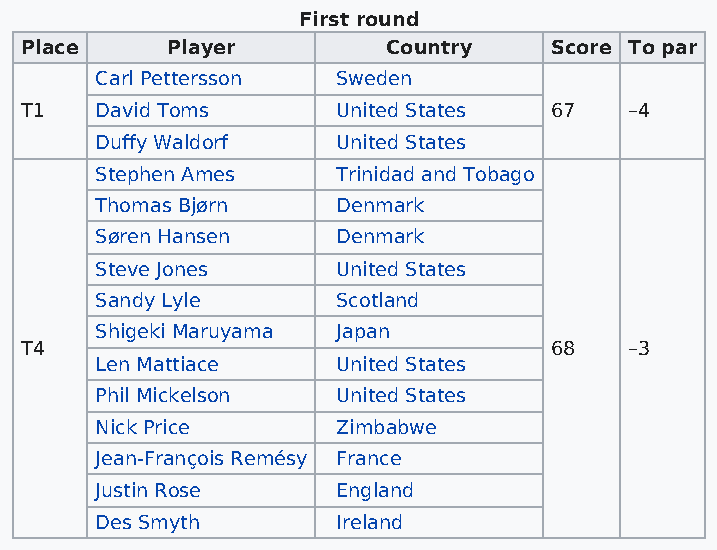
First round
 Place     Player         Country   Score To par
 Carl Pettersson Sweden
 T1   David Toms      United States 67    –4
 Duffy Waldorf   United States
 Stephen Ames    Trinidad and Tobago
 Thomas Bjørn    Denmark
 Søren Hansen    Denmark
 Steve Jones     United States
 Sandy Lyle      Scotland
 Shigeki Maruyama Japan
 T4                                 68    –3
 Len Mattiace    United States
 Phil Mickelson  United States
 Nick Price      Zimbabwe
 Jean-François Remésy France
 Justin Rose     England
 Des Smyth       Ireland